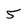
Character: 5